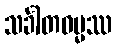
သင်္ခါတဓမ္မဿ